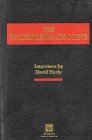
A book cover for The Psychopharmacologists: Interviews by David Healey; David Healy; Medical Books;